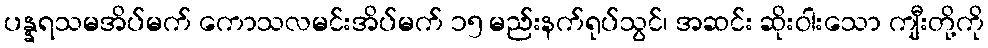
ပန္နရသမအိပ်မက် ကောသလမင်းအိပ်မက် ၁၅ မည်းနက်ရုပ်သွင်၊ အဆင်း ဆိုးဝါးသော ကျီးတို့ကို